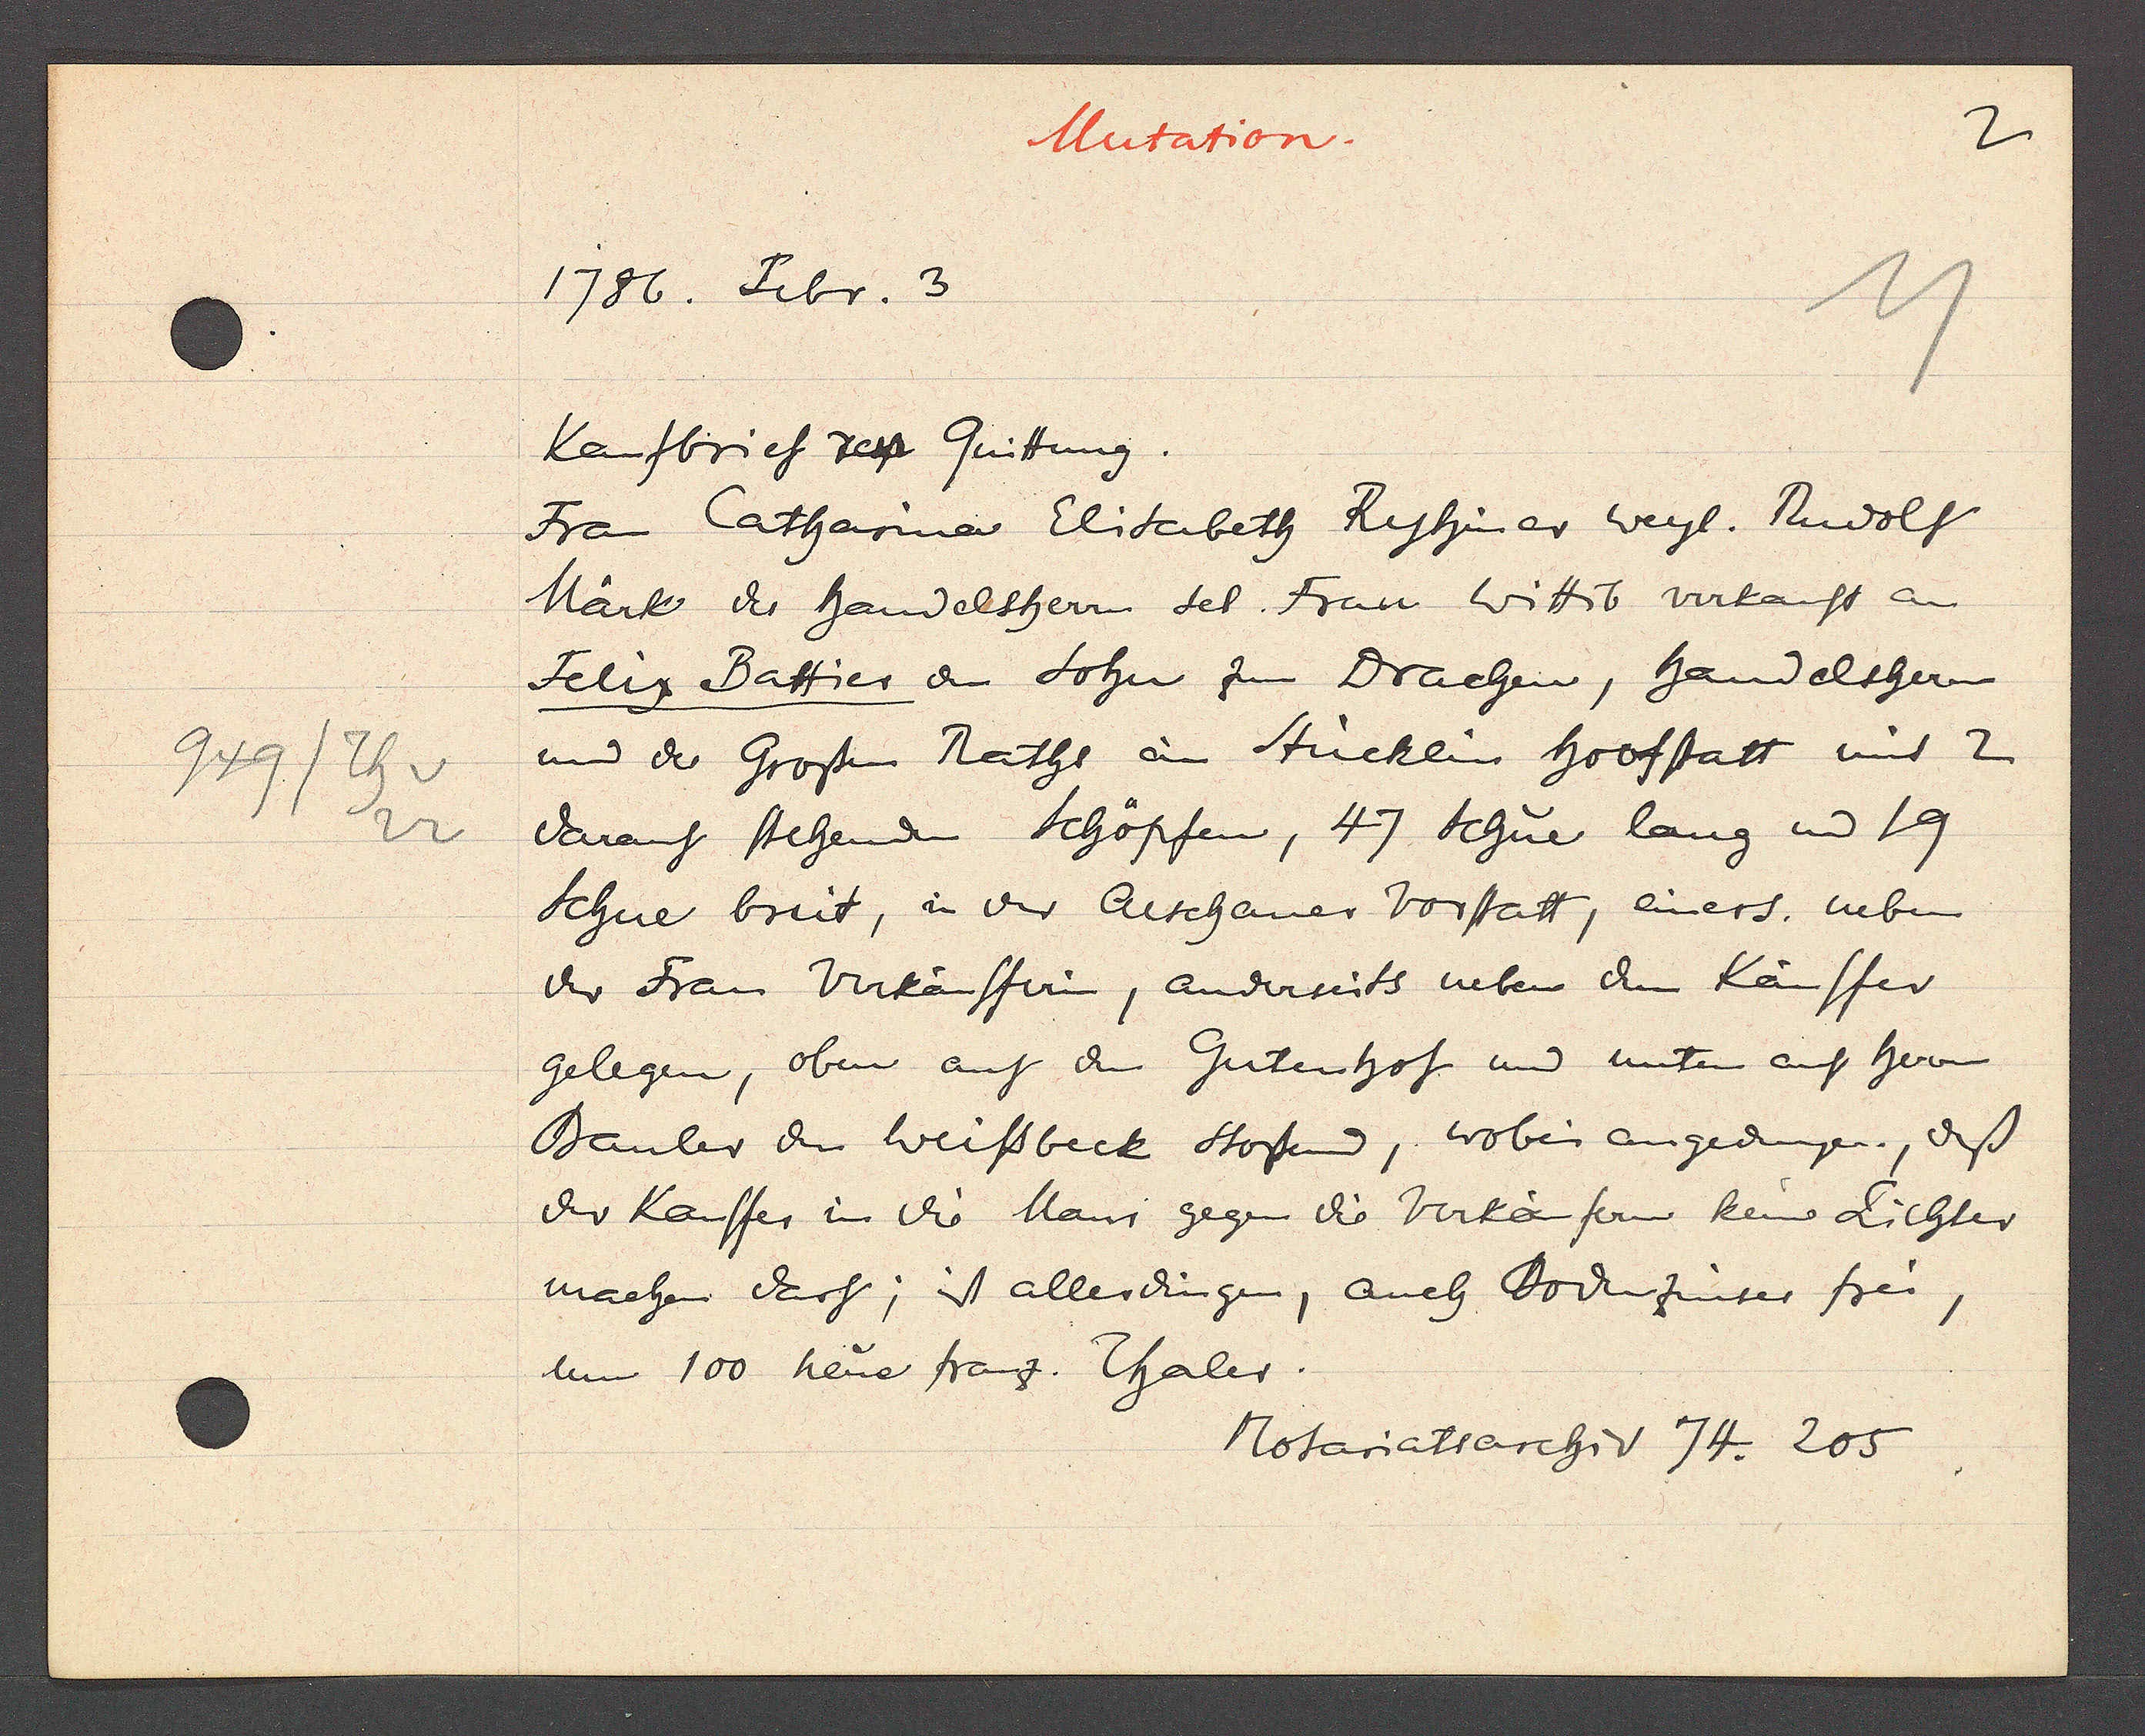
Transcript:
Th v
949
22

1786. Febr. 3

Mutation.

Kaufbrief resp Quittung.
Frau Catharina Elisabeth Ryhiner weyl. Rudolf
Märk des handelsherrn sel. Frau Wittib verkauft an
Felix Battier an Sohn zum Drachen, handelsherrn
und des Grossen Raths an Stücklin hoofstatt mit 2
darauf stehenden Schöpfen, 47 Schue lang und 19
Schue breit, in der Aeschaner Vorstatt, einers. neben
der Frau Verkäufferin, anderseits neben dem Käuffer
gelegen, oben auf den Gutenhof und unten auf herrn
Bauler den Weissbeck stossend, wobei angedungen, dass
der Kauffer in die Maur gegen die Verkäufern keine Lichter
machen darf, ist allerdingen, auch Bodenzinses frei
um 100 neue franz. Thaler.

Notariatsarchiv 74. 205